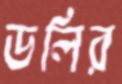
ডলির